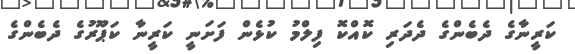
ކަރީނާގެ ދެބެންގެ ދެދަރި ކޮއްކޮ ފިލްމު ކުޅެން ފަށަނީ ކަރީނާ ކަޕޫރުގެ ދެބެންގެ